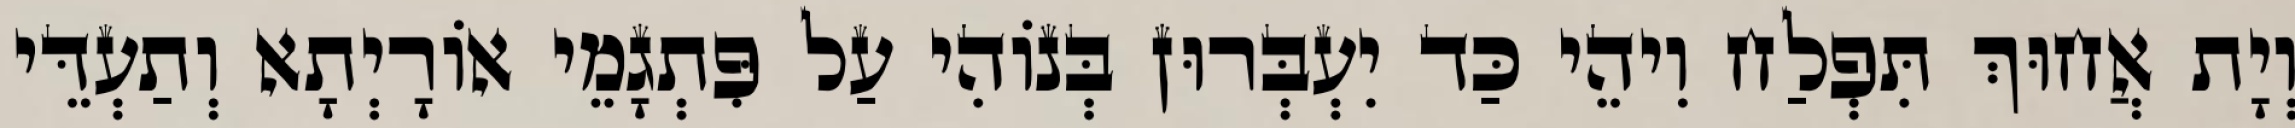
וְיָת אֲחוּךְ תִּפְלַח וִיהֵי כַּד יִעְבְּרוּן בְּנוֹהִי עַל פִּתְגָמֵי אוֹרָיְתָא וְתַעְדֵּי